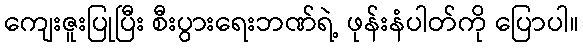
ကျေးဇူးပြုပြီး စီးပွားရေးဘဏ်ရဲ့ ဖုန်းနံပါတ်ကို ပြောပါ။